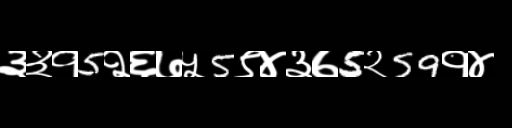
Text: ३३१5२६७५5९४३७5२59१४